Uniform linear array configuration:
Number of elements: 24
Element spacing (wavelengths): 0.25
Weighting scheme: hann
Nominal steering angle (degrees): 30
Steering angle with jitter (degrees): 31.761
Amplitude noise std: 0.05
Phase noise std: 0.05

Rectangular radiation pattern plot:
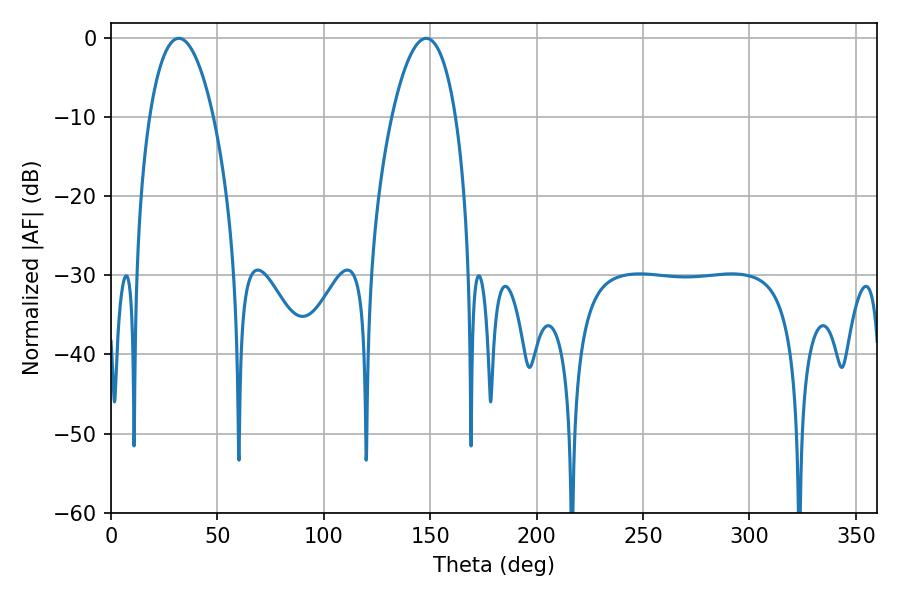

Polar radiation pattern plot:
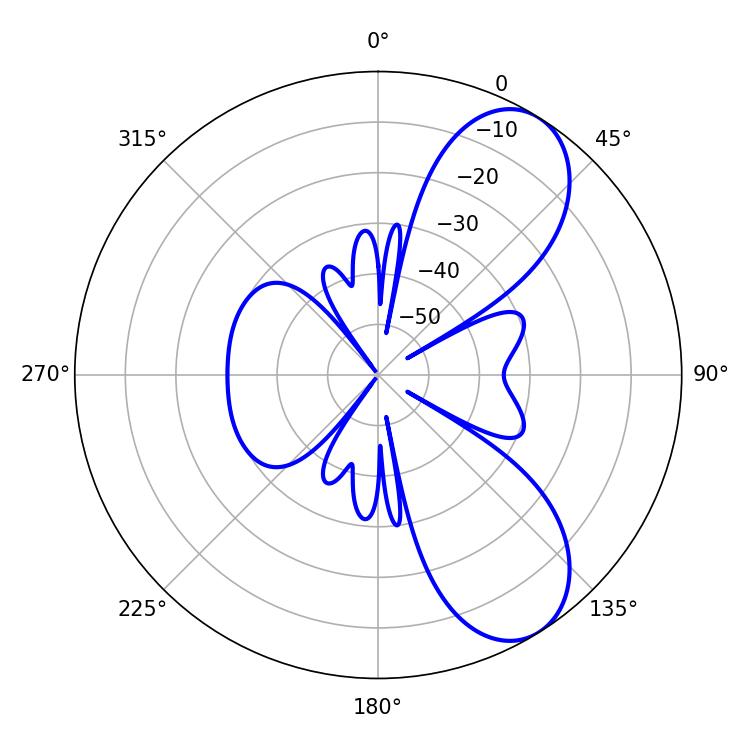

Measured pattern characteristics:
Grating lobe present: FALSE
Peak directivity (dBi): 7.808
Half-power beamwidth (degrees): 16.74
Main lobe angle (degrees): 31.86